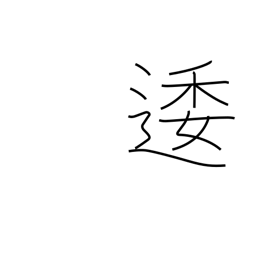
Meaning: winding